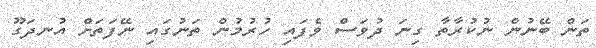
ތަން ބޭނުން ނުކުރާތާ ގިނަ ދުވަސް ވެފައި ހުރުމުން ތަނުގައި ނޭފަތަށް އުނދަގޫ